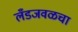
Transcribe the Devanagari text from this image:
लँडजवळचा